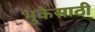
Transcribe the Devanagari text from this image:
भुकेसाठी